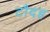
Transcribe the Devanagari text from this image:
टौदह